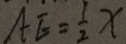
A E = \frac { 1 } { 2 } x